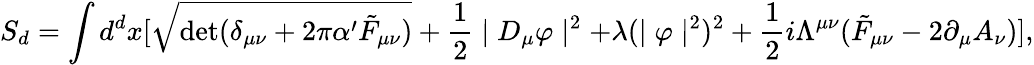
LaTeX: S_{d}=\int d^{d}x[\sqrt{\mathrm{det}(\delta_{\mu\nu}+2\pi\alpha^{\prime}\tilde{F}_{\mu\nu})}+\frac{1}{2}\mid D_{\mu}\varphi\mid^{2}+\lambda(\mid\varphi\mid^{2})^{2}+\frac{1}{2}i\Lambda^{\mu\nu}(\tilde{F}_{\mu\nu}-2\partial_{\mu}A_{\nu})],